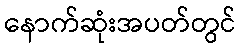
နောက်ဆုံးအပတ်တွင်